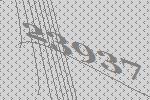
23937